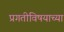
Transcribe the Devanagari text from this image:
प्रगतीविषयाच्या